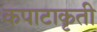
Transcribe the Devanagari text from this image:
कपाटाकृती